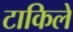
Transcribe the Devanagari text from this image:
टाकिलें